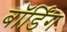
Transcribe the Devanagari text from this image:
बाॅर्डिंग